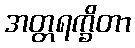
အတ္တရက္ခိတာ